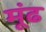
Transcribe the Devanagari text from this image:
मूंढ